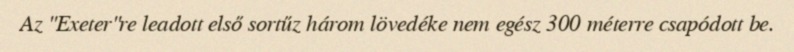
Az "Exeter"re leadott első sortűz három lövedéke nem egész 300 méterre csapódott be.